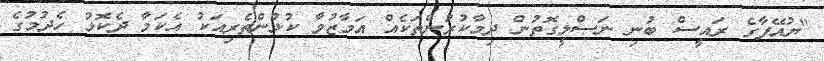
"ޔުއޭފާގެ ރައީސް ބުނި ނަސްލީގޮތުން ދިމާކުރުންތަކެއް އަމާޒުވާ ކުޅުންތެރިއަކު އެކަމާ ދެކޮޅު ހެދުމުގެ